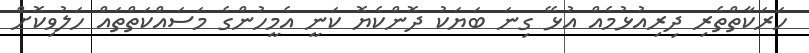
ހަރަކާތްތެރި ދިރިއުޅުމެއް އުޅޭ ގިނަ ބަޔަކު ދޮންކެޔޮ ކަނީ އެމީހުންގެ މަސައްކަތްތައް ހަލުވިކޮށް